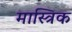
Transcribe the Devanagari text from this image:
मास्त्रिक